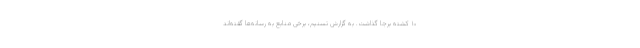
۱۰ کشته برجا گذاشت. به گزارش تسنیم، برخی منابع به رسانه‌ها گفته‌اند